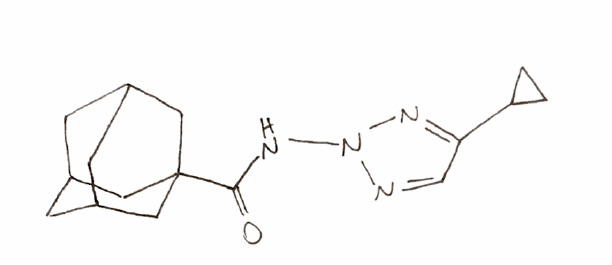
Simplified molecular-input line-entry system (SMILES) notation of the given molecule:
C1CC1C2=NN(N=C2)NC(=O)C34CC5CC(C3)CC(C5)C4